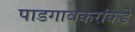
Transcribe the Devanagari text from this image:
पाडगावकरांकडे